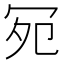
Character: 𪞏